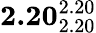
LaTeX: \mathbf{2.20}_{2.20}^{2.20}